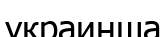
украинша